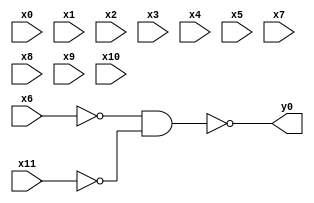
module top( x0 , x1 , x2 , x3 , x4 , x5 , x6 , x7 , x8 , x9 , x10 , x11 , y0 );
  input x0 , x1 , x2 , x3 , x4 , x5 , x6 , x7 , x8 , x9 , x10 , x11 ;
  output y0 ;
  wire n13 ;
  assign n13 = ~x6 & ~x11 ;
  assign y0 = ~n13 ;
endmodule